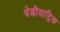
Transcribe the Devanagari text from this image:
पेडीयाट्रिक